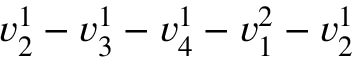
v _ { 2 } ^ { 1 } - v _ { 3 } ^ { 1 } - v _ { 4 } ^ { 1 } - v _ { 1 } ^ { 2 } - v _ { 2 } ^ { 1 }